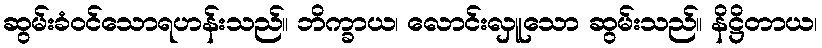
ဆွမ်းခံဝင်သောရဟန်းသည်။ ဘိက္ခာယ၊ လောင်းလှူသော ဆွမ်းသည်။ နိဋ္ဌိတာယ၊